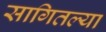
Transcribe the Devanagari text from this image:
सागितल्या